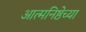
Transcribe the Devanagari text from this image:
आत्मनिष्ठेच्या